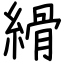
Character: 縎